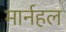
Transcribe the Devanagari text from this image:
मार्नहल